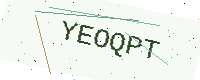
Text: YEOQPT